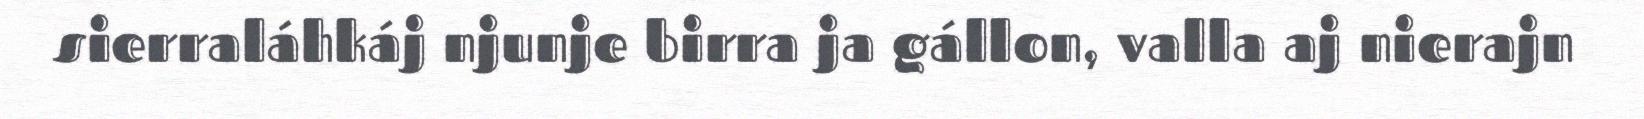
sierraláhkáj njunje birra ja gállon, valla aj nierajn